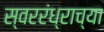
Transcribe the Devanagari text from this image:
स्वररंध्राच्या